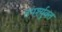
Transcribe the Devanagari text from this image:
उपर्श्युक्त